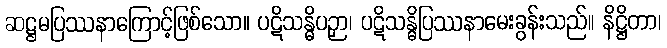
ဆဋ္ဌမပြဿနာကြောင့်ဖြစ်သော။ ပဋိသန္ဓိပဉှာ၊ ပဋိသန္ဓိပြဿနာမေးခွန်းသည်။ နိဋ္ဌိတာ၊